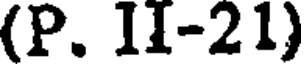
(P. II-21)